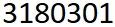
3180301